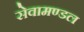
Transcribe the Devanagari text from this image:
सेवामण्डल